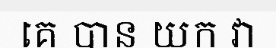
គេ បាន យក វា